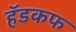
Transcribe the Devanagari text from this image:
हॅडकफ